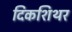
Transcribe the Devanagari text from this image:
दिकशिथर